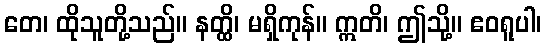
တေ၊ ထိုသူတို့သည်။ နတ္ထိ၊ မရှိကုန်။ ဣတိ၊ ဤသို့။ ဧဝရူပါ၊